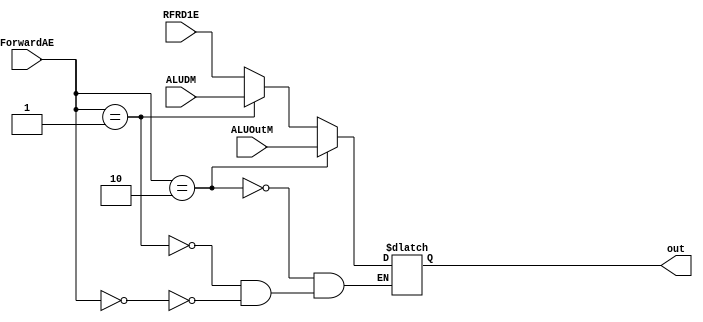
`timescale 1ns / 1ps
//////////////////////////////////////////////////////////////////////////////////
// Company: 
// Engineer: 
// 
// Design Name: 
// Module Name: ForAEmux
// Project Name: 
// Target Devices: 
// Tool Versions: 
// Description: 
// 
// Dependencies: 
// 
// Revision:
// Revision 0.01 - File Created
// Additional Comments:
// 
//////////////////////////////////////////////////////////////////////////////////


module ForAEmux(input [1:0] ForwardAE, input [31:0]ALUOutM, ALUDM, RFRD1E,
output reg [31:0] out );
always@(*)begin
if(ForwardAE == 2'b00)
out <= RFRD1E;
if(ForwardAE == 2'b01)
out <= ALUDM;
if(ForwardAE == 2'b10)
out <= ALUOutM; 
end
endmodule